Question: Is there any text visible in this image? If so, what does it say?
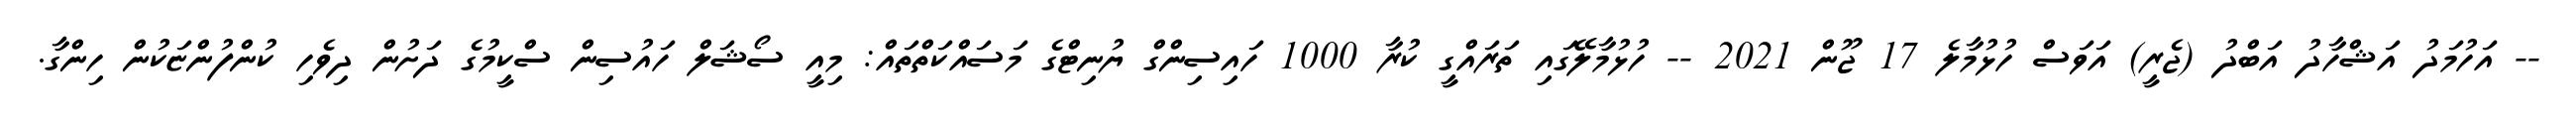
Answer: -- އަހުމަދު އަޝްހާދު އަބްދު (ޖެރީ) އަވަސް ހުޅުމާލެ 17 ޖޫން 2021 -- ހުޅުމާލޭގައި ތަރައްގީ ކުރާ 1000 ހައިސިންގް ޔުނިޓްގެ މަސައްކަތްތައް: މިއީ ސޯޝަލް ހައުސިން ސްކީމުގެ ދަށުން ދިވެހި ކުންފުންޏަކުން ހިންގާ.